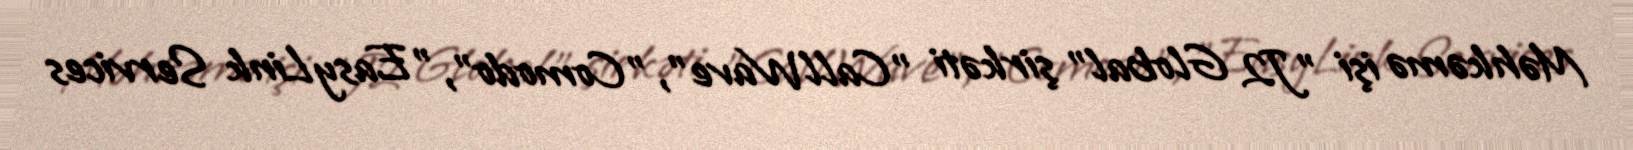
Məhkəmə işi "J2 Global" şirkəti "CallWave", "Comodo", "EasyLink Services